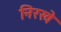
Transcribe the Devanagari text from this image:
निरखे